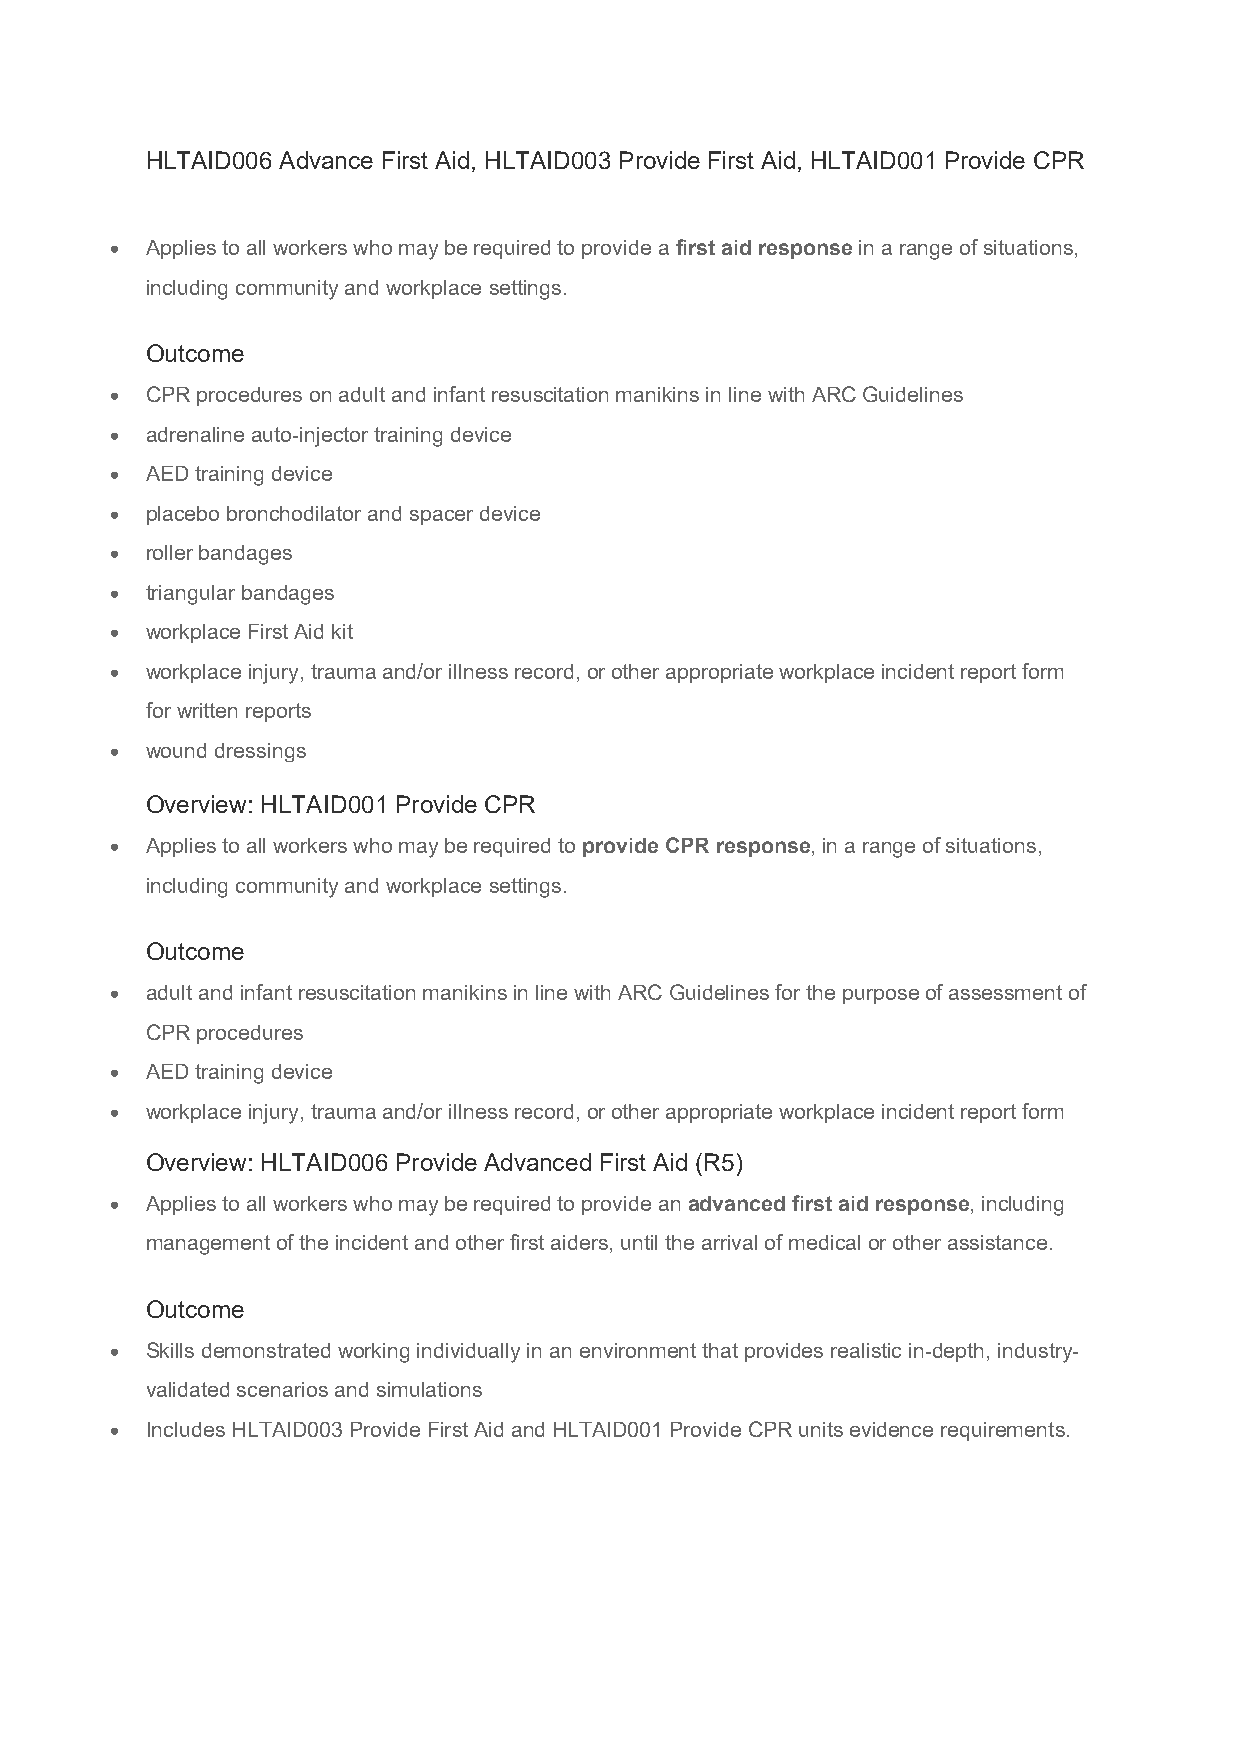
HLTAID006 Advance First Aid, HLTAID003 Provide First Aid, HLTAID001 Provide CPR
   Applies to all workers who may be required to provide a first aid response in a range of situations,
 including community and workplace settings.
 Outcome
   CPR procedures on adult and infant resuscitation manikins in line with ARC Guidelines
   adrenaline auto-injector training device
   AED training device
   placebo bronchodilator and spacer device
   roller bandages
   triangular bandages
   workplace First Aid kit
   workplace injury, trauma and/or illness record, or other appropriate workplace incident report form
 for written reports
   wound dressings
 Overview: HLTAID001 Provide CPR
   Applies to all workers who may be required to provide CPR response, in a range of situations,
 including community and workplace settings.
 Outcome
   adult and infant resuscitation manikins in line with ARC Guidelines for the purpose of assessment of
 CPR procedures
   AED training device
   workplace injury, trauma and/or illness record, or other appropriate workplace incident report form
 Overview: HLTAID006 Provide Advanced First Aid (R5)
   Applies to all workers who may be required to provide an advanced first aid response, including
 management of the incident and other first aiders, until the arrival of medical or other assistance.
 Outcome
   Skills demonstrated working individually in an environment that provides realistic in-depth, industry-
 validated scenarios and simulations
   Includes HLTAID003 Provide First Aid and HLTAID001 Provide CPR units evidence requirements.